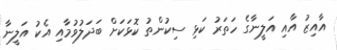
އާއިޒު އާއި އަލީނާގެ ހަތަރު ކަޅި ސިކުންތު ކޮޅަކަށް ބަދަލުވުމާއި އެކު އަލީނާ